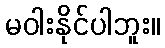
မဝါးနိုင်ပါဘူး။